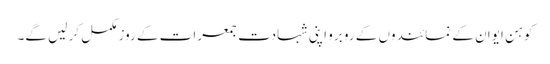
کوہن ایوان کے نمائندوں کے رو برو اپنی شہادت جمعرات کے روز مکمل کر لیں گے۔